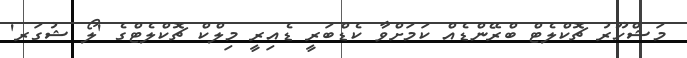
މަޝްހޫރު ޗޮކްލެޓް ބްރޭންޑެއް ކަމަށްވާ ކެޑްބަރީ ޑެއިރީ މިލްކް ޗޮކްލެޓްގެ 'ލޯ ޝުގަރ'